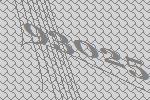
93025